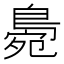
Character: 𪂧